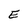
Character: E